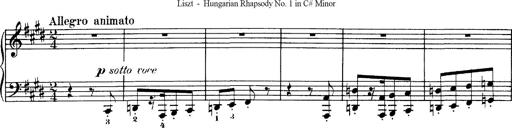
Title: Hungarian Rhapsody No.1
Composer: Franz Liszt
Key: C-sharp minor